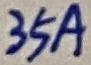
Text: 35A